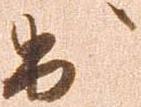
出